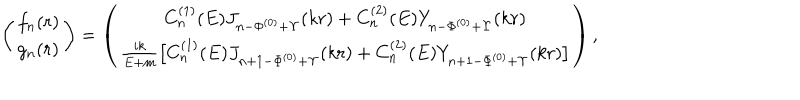
\left( \begin{array} { l } { { f _ { n } ( r ) } } \\ { { g _ { n } ( r ) } } \\ \end{array} \right) = \left( \begin{array} { c } { { C _ { n } ^ { ( 1 ) } ( E ) J _ { n - \Phi ^ { ( 0 ) } + \Upsilon } ( k r ) + C _ { n } ^ { ( 2 ) } ( E ) Y _ { n - \Phi ^ { ( 0 ) } + \Upsilon } ( k r ) } } \\ { { { \frac { i k } { E + m } } \bigl [ C _ { n } ^ { ( 1 ) } ( E ) J _ { n + 1 - \Phi ^ { ( 0 ) } + \Upsilon } ( k r ) + C _ { n } ^ { ( 2 ) } ( E ) Y _ { n + 1 - \Phi ^ { ( 0 ) } + \Upsilon } ( k r ) \bigr ] } } \\ \end{array} \right) ,